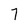
Character: 7